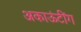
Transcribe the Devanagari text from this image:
अकाऊंटींग